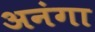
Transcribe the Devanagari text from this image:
अनंगा